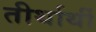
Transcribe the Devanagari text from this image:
तीर्थार्थी